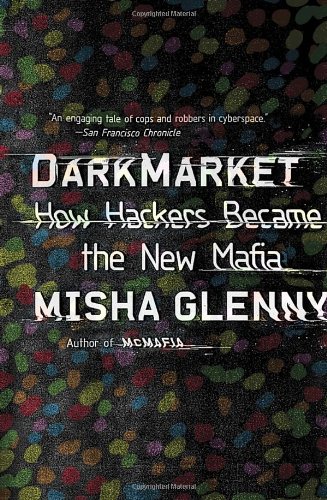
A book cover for DarkMarket: How Hackers Became the New Mafia; Misha Glenny; Biographies & Memoirs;